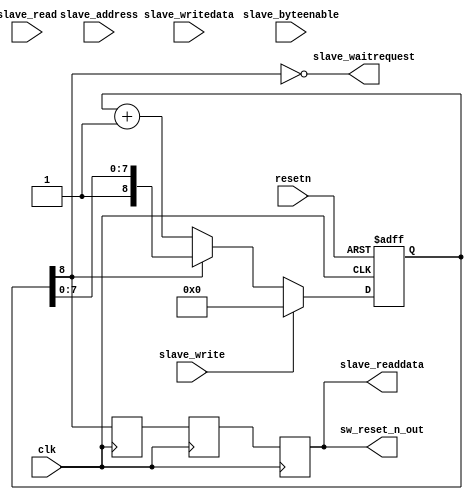
module sw_reset
#( 
  parameter WIDTH=32,
  parameter LOG2_RESET_CYCLES=8
)
(
   input clk,
   input resetn,
   input slave_address,  
   input [WIDTH-1:0] slave_writedata,
   input slave_read,
   input slave_write,
   input [WIDTH/8-1:0] slave_byteenable,
   output slave_readdata,
   output slave_waitrequest,
   output reg       sw_reset_n_out
);
reg       sw_reset_n_out_r;
reg       sw_reset_n_out_r2;
reg [LOG2_RESET_CYCLES:0] reset_count;
initial  
    reset_count <= {LOG2_RESET_CYCLES+1{1'b0}};
always@(posedge clk or negedge resetn)
  if (!resetn)
    reset_count <= {LOG2_RESET_CYCLES+1{1'b0}};
  else if (slave_write)
    reset_count <= {LOG2_RESET_CYCLES+1{1'b0}};
  else if (!reset_count[LOG2_RESET_CYCLES])
    reset_count <= reset_count + 2'b01;
always@(posedge clk)
  sw_reset_n_out = sw_reset_n_out_r;
always@(posedge clk) sw_reset_n_out_r2 = reset_count[LOG2_RESET_CYCLES];
always@(posedge clk) sw_reset_n_out_r = sw_reset_n_out_r2;
assign slave_waitrequest = !reset_count[LOG2_RESET_CYCLES];
assign slave_readdata = sw_reset_n_out;
endmodule